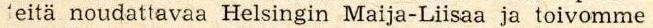
teitä noudattavaa Helsingin Maija-Liisaa ja toivomme